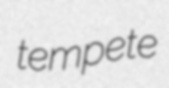
tempete